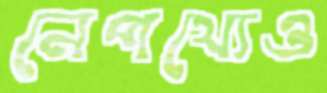
নেপথ্যেও